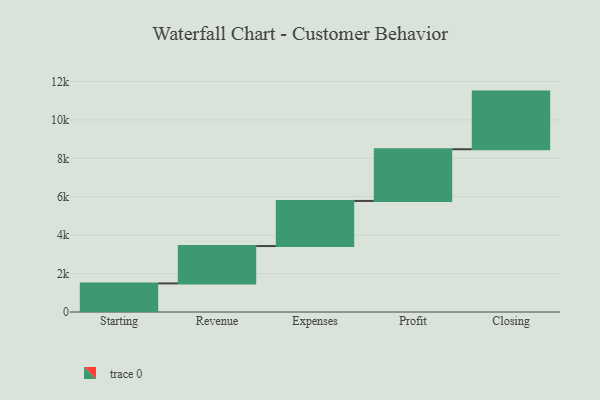
{"axis": {"x": "Step", "y": "Value"}, "legend": [""], "data": [{"x": "Starting", "y": 1488.0, "type": ""}, {"x": "Revenue", "y": 1945.0, "type": ""}, {"x": "Expenses", "y": 2347.0, "type": ""}, {"x": "Profit", "y": 2692.0, "type": ""}, {"x": "Closing", "y": 3000, "type": ""}]}